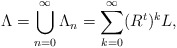
\begin{align*}\Lambda =\bigcup_{n=0}^{\infty}\Lambda_n=\sum_{k=0}^{\infty}(R^{t})^{k}L,\end{align*}